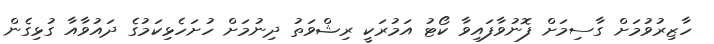
ހާޒިރުވުމަށް ގާސިމަށް ފޮނުވާފައިވާ ކޯޓު އަމުރަކީ ރިޝްވަތު ދިނުމަށް ހުށަހެޅިކަމުގެ ދައުވާއާ ގުޅިގެން